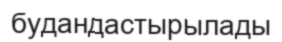
будандастырылады